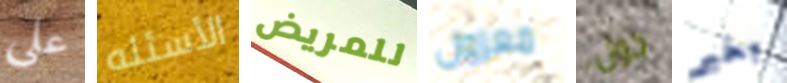
علي الأسئله للمريض معزول حول بخير